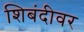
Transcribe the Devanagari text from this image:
शिबंदीवर